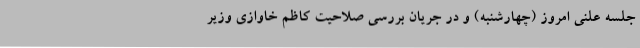
جلسه علنی امروز (چهارشنبه) و در جریان بررسی صلاحیت کاظم خاوازی وزیر